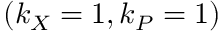
( k _ { X } = 1 , k _ { P } = 1 )